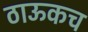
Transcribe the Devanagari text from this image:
ठाऊकच